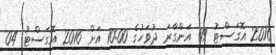
2016 އޮގަސްޓު 09 އަންގާރަ ދުވަހުގެ 10:00 އަށް 2016 އޮގަސްޓު 04